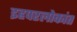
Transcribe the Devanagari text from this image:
इहपरलोकांत